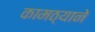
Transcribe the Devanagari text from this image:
कामठ्याने